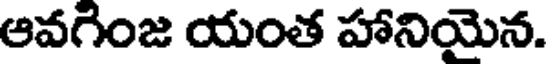
ఆవగింజ యంత హానియెన.